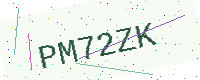
Text: PM72ZK